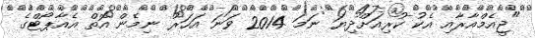
"ޖީއެމްއާރާއި އެކު ކުރިއަށްދިޔަ ނަމަ 2014 ވަނަ އަހަރު ނިމެން އޮތް އެއާޕޯޓްގެ